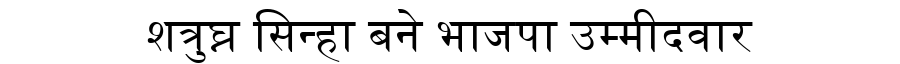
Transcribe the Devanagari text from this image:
शत्रुघ्न सिन्हा बने भाजपा उम्मीदवार